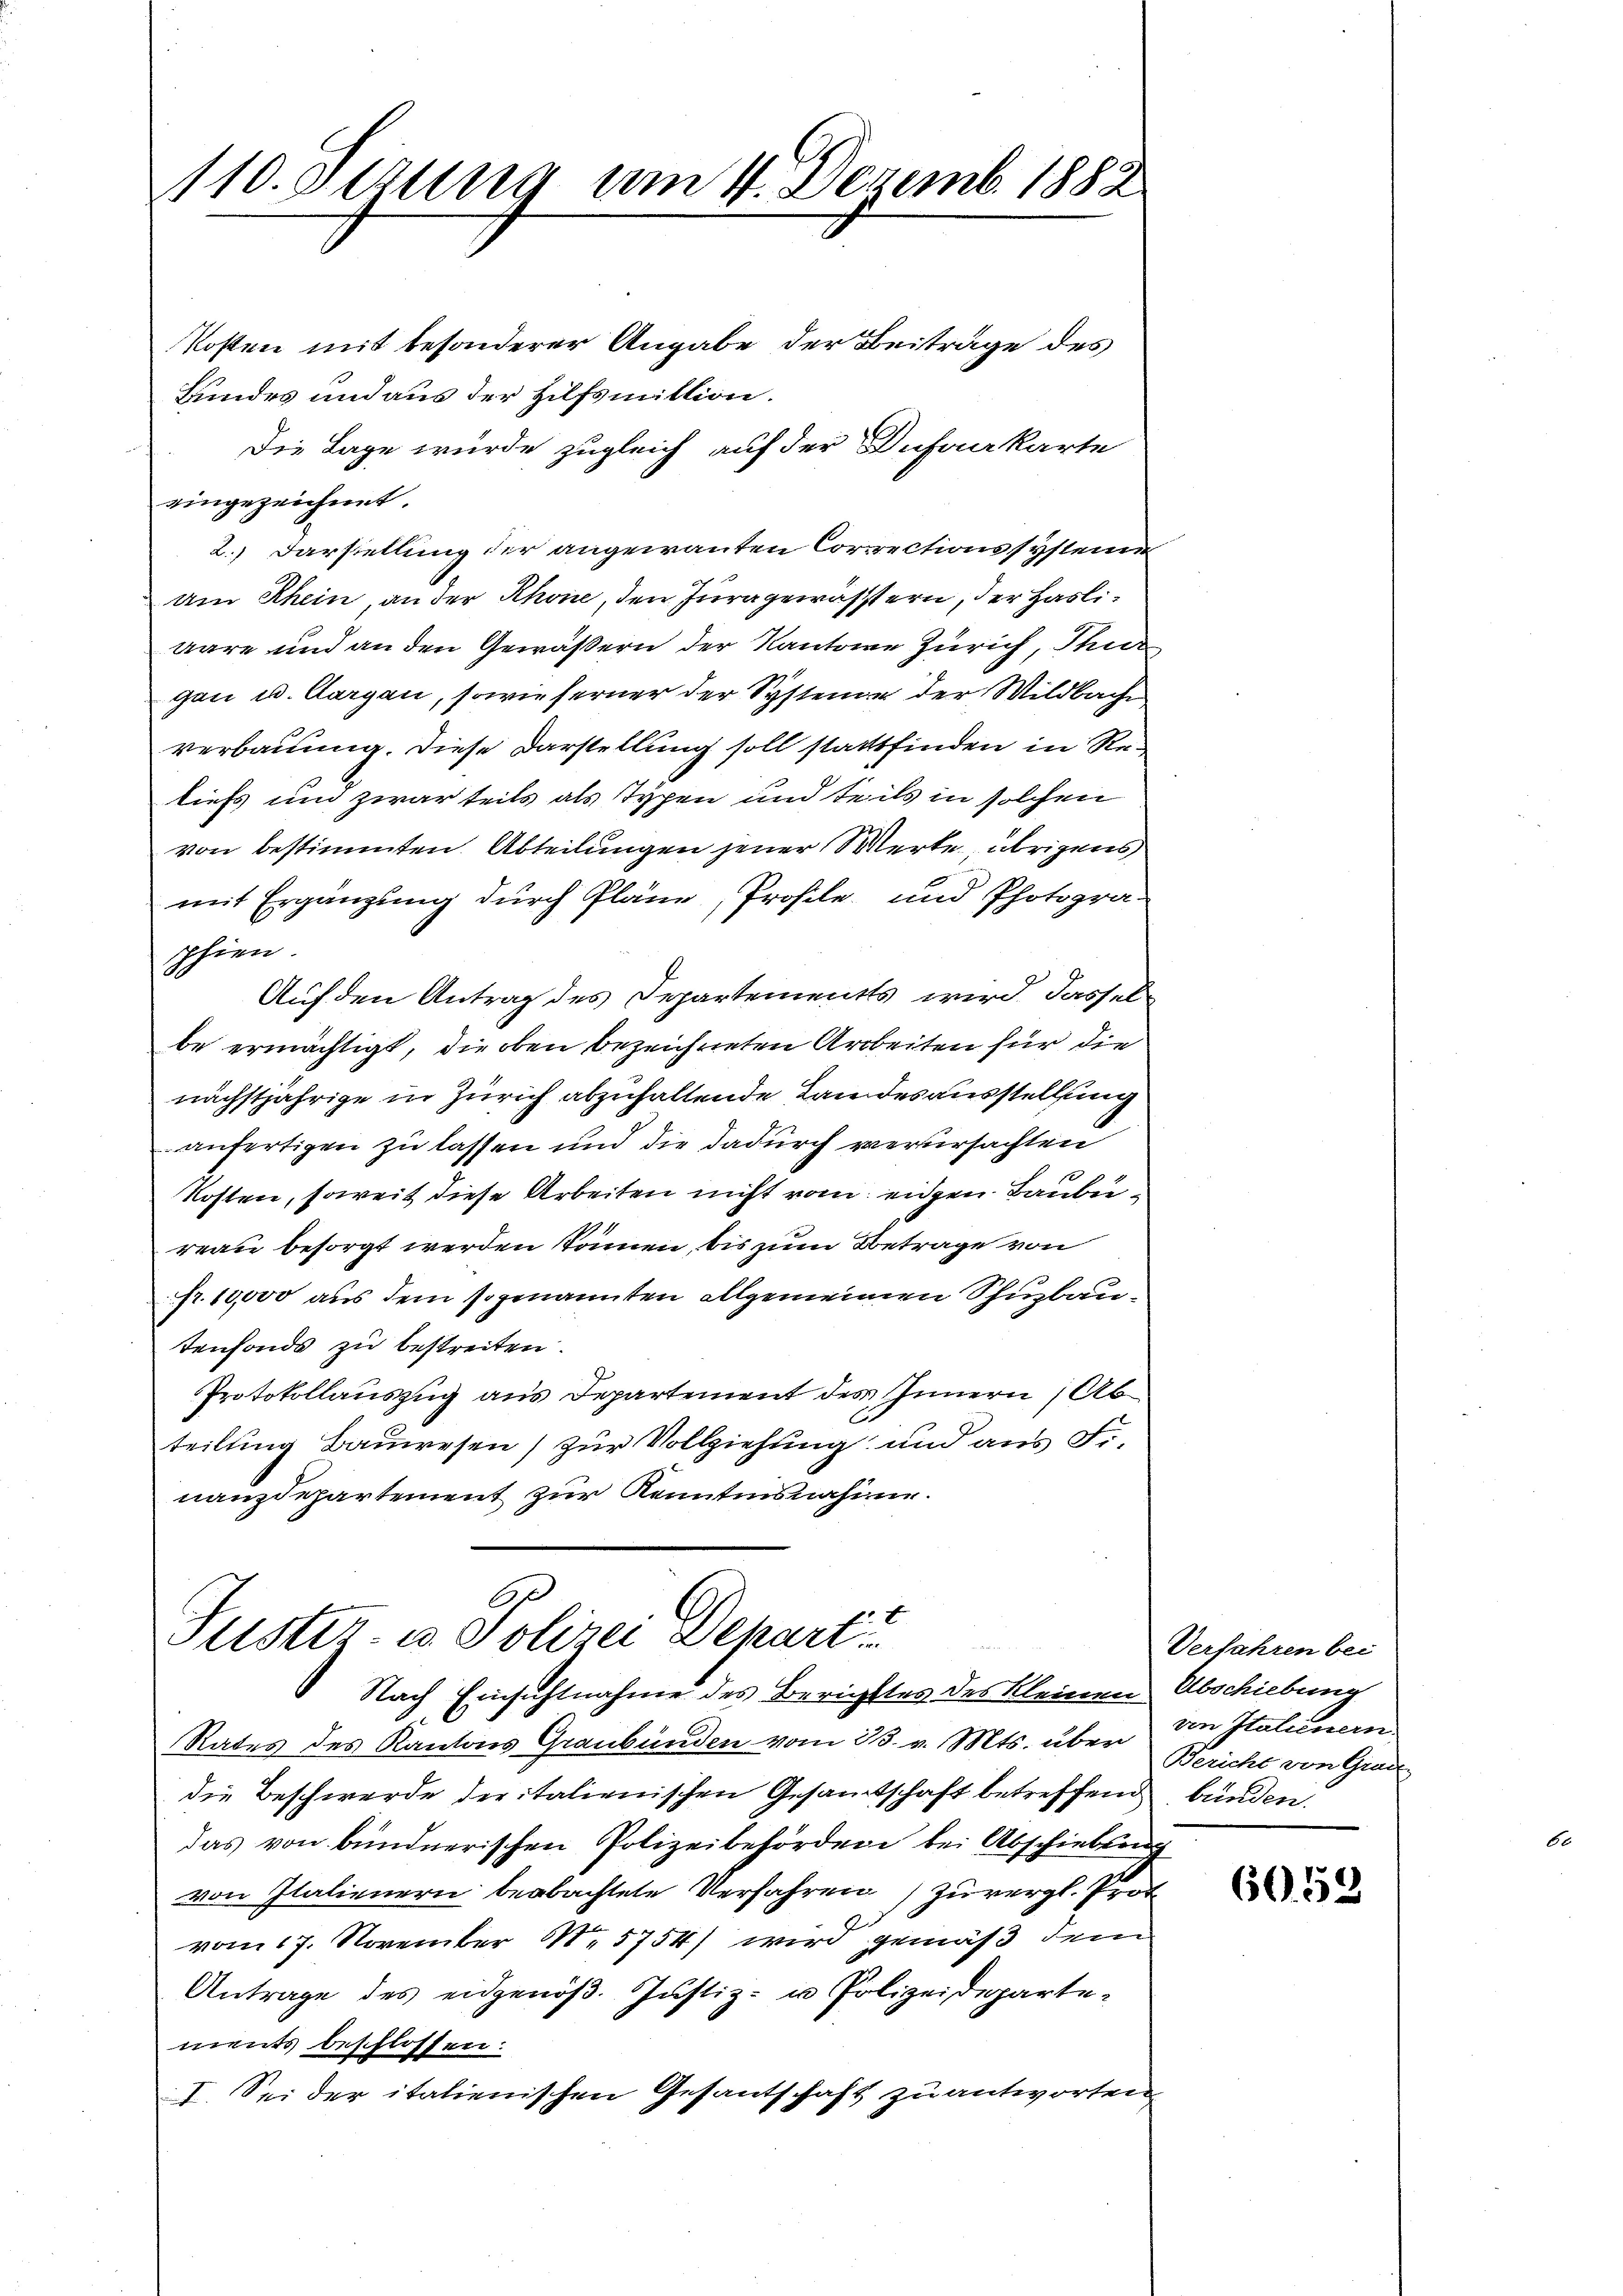
110. Octung am 4. Dezemb. 1882

kosten mit besonderer Angabe der Beiträge des
Bundes und aus der Hilfsmittion.
Die Lage wurde zugleich auf der Infankarte
eingezeichnet.
2.) Darstellung der angewanten Corrrectionssysteme
am Rhein, an der Rhone, den Jura gewässern, der Hasliwäre und an den Gewäßern der Kantone Zürich, Thur
gan u. Aargau, sowie ferner der Systeme der Wildbache
verbauung. Diese Darstellung soll stattfinden in Reliefs und zwar teils als Typen und teils in solchen
von bestimmten Abteilungen jener Werke übrigens
mit Ergänzung durch Pläne, Profile und Photographien.
Auf den Antrag des Departements wird, dasselbe ermächtigt, die oben bezeichneten Arbeiten für die
nächstjährige in Zürich abzufaltende Landesausstellung
anfertigen zu lassen und die dadurch verursachten
Kosten, soweit diese Arbeiten nicht vom eiden Baubereau besorgt werden können, bis zum Betrage von
pr. 10,000 aus dem sogenannten allgemeinen Schuzbautenfonds zu bestreiten.
Protokollauszug aus Departement des Innern, Abteilung Bauwesen) zur Vollziehung und aus Fr.
nanzdepartement zur Kenntinsnahme.

Juster u. Polizei Depart
Nach Einsichtnahme des Berichttes des Kleinen

Rates des Kantons Graubünden vom 23. v. Mts. über von Italienern
die Beschwerde der italienischen Gesamtschaft betreffend
das von bündnerischen Polizeibehörden bei Abschiebung
von Italienern beobachtete Verfahren zu vergl. Prot
vom 17. November 1. 5754) wird gemäß dem
Antrage des eidgenöβ. Justiz- u Polizeidepartements beschlossen:
I. Sei der italienischen Gesandtschaft zu antworten

Verfahren bei
Abschiebung
Bericht von Grade
bünden.

6052